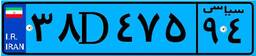
۷۸D۷۶۸۴۷